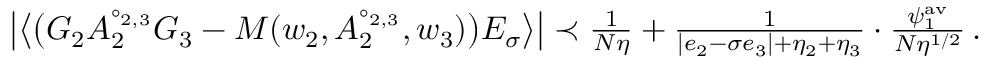
\begin{array} { r } { \big \vert \big \langle \big ( G _ { 2 } A _ { 2 } ^ { \circ _ { 2 , 3 } } G _ { 3 } - M ( w _ { 2 } , A _ { 2 } ^ { \circ _ { 2 , 3 } } , w _ { 3 } ) \big ) E _ { \sigma } \big \rangle \big \vert \prec \frac { 1 } { N \eta } + \frac { 1 } { | e _ { 2 } - \sigma e _ { 3 } | + \eta _ { 2 } + \eta _ { 3 } } \cdot \frac { \psi _ { 1 } ^ { \mathrm { a v } } } { N \eta ^ { 1 / 2 } } \, . } \end{array}